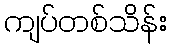
ကျပ်တစ်သိန်း